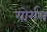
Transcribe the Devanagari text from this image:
गोर्गस